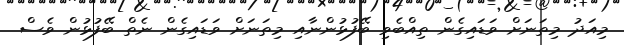
މިއަދު މިތަނަށް ވަޑައިގެން ތިއްބެވި ބޭފުޅުންނާއި މިތަނަށް ވަޑައިގެން ނެތް ބޭފުޅުން ވެސް